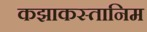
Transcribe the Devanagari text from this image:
कझाकस्तानिम